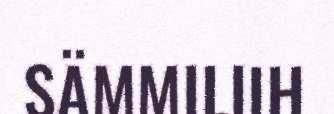
SÄMMILIIH